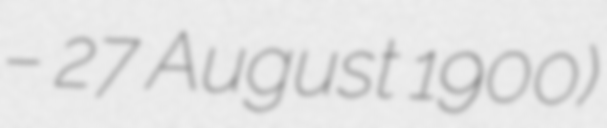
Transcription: – 27 August 1900)